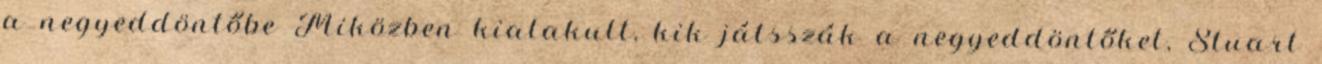
a negyeddöntőbe Miközben kialakult, kik játsszák a negyeddöntőket, Stuart